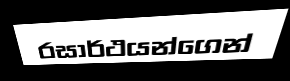
රසාර්ථයන්ගෙන්